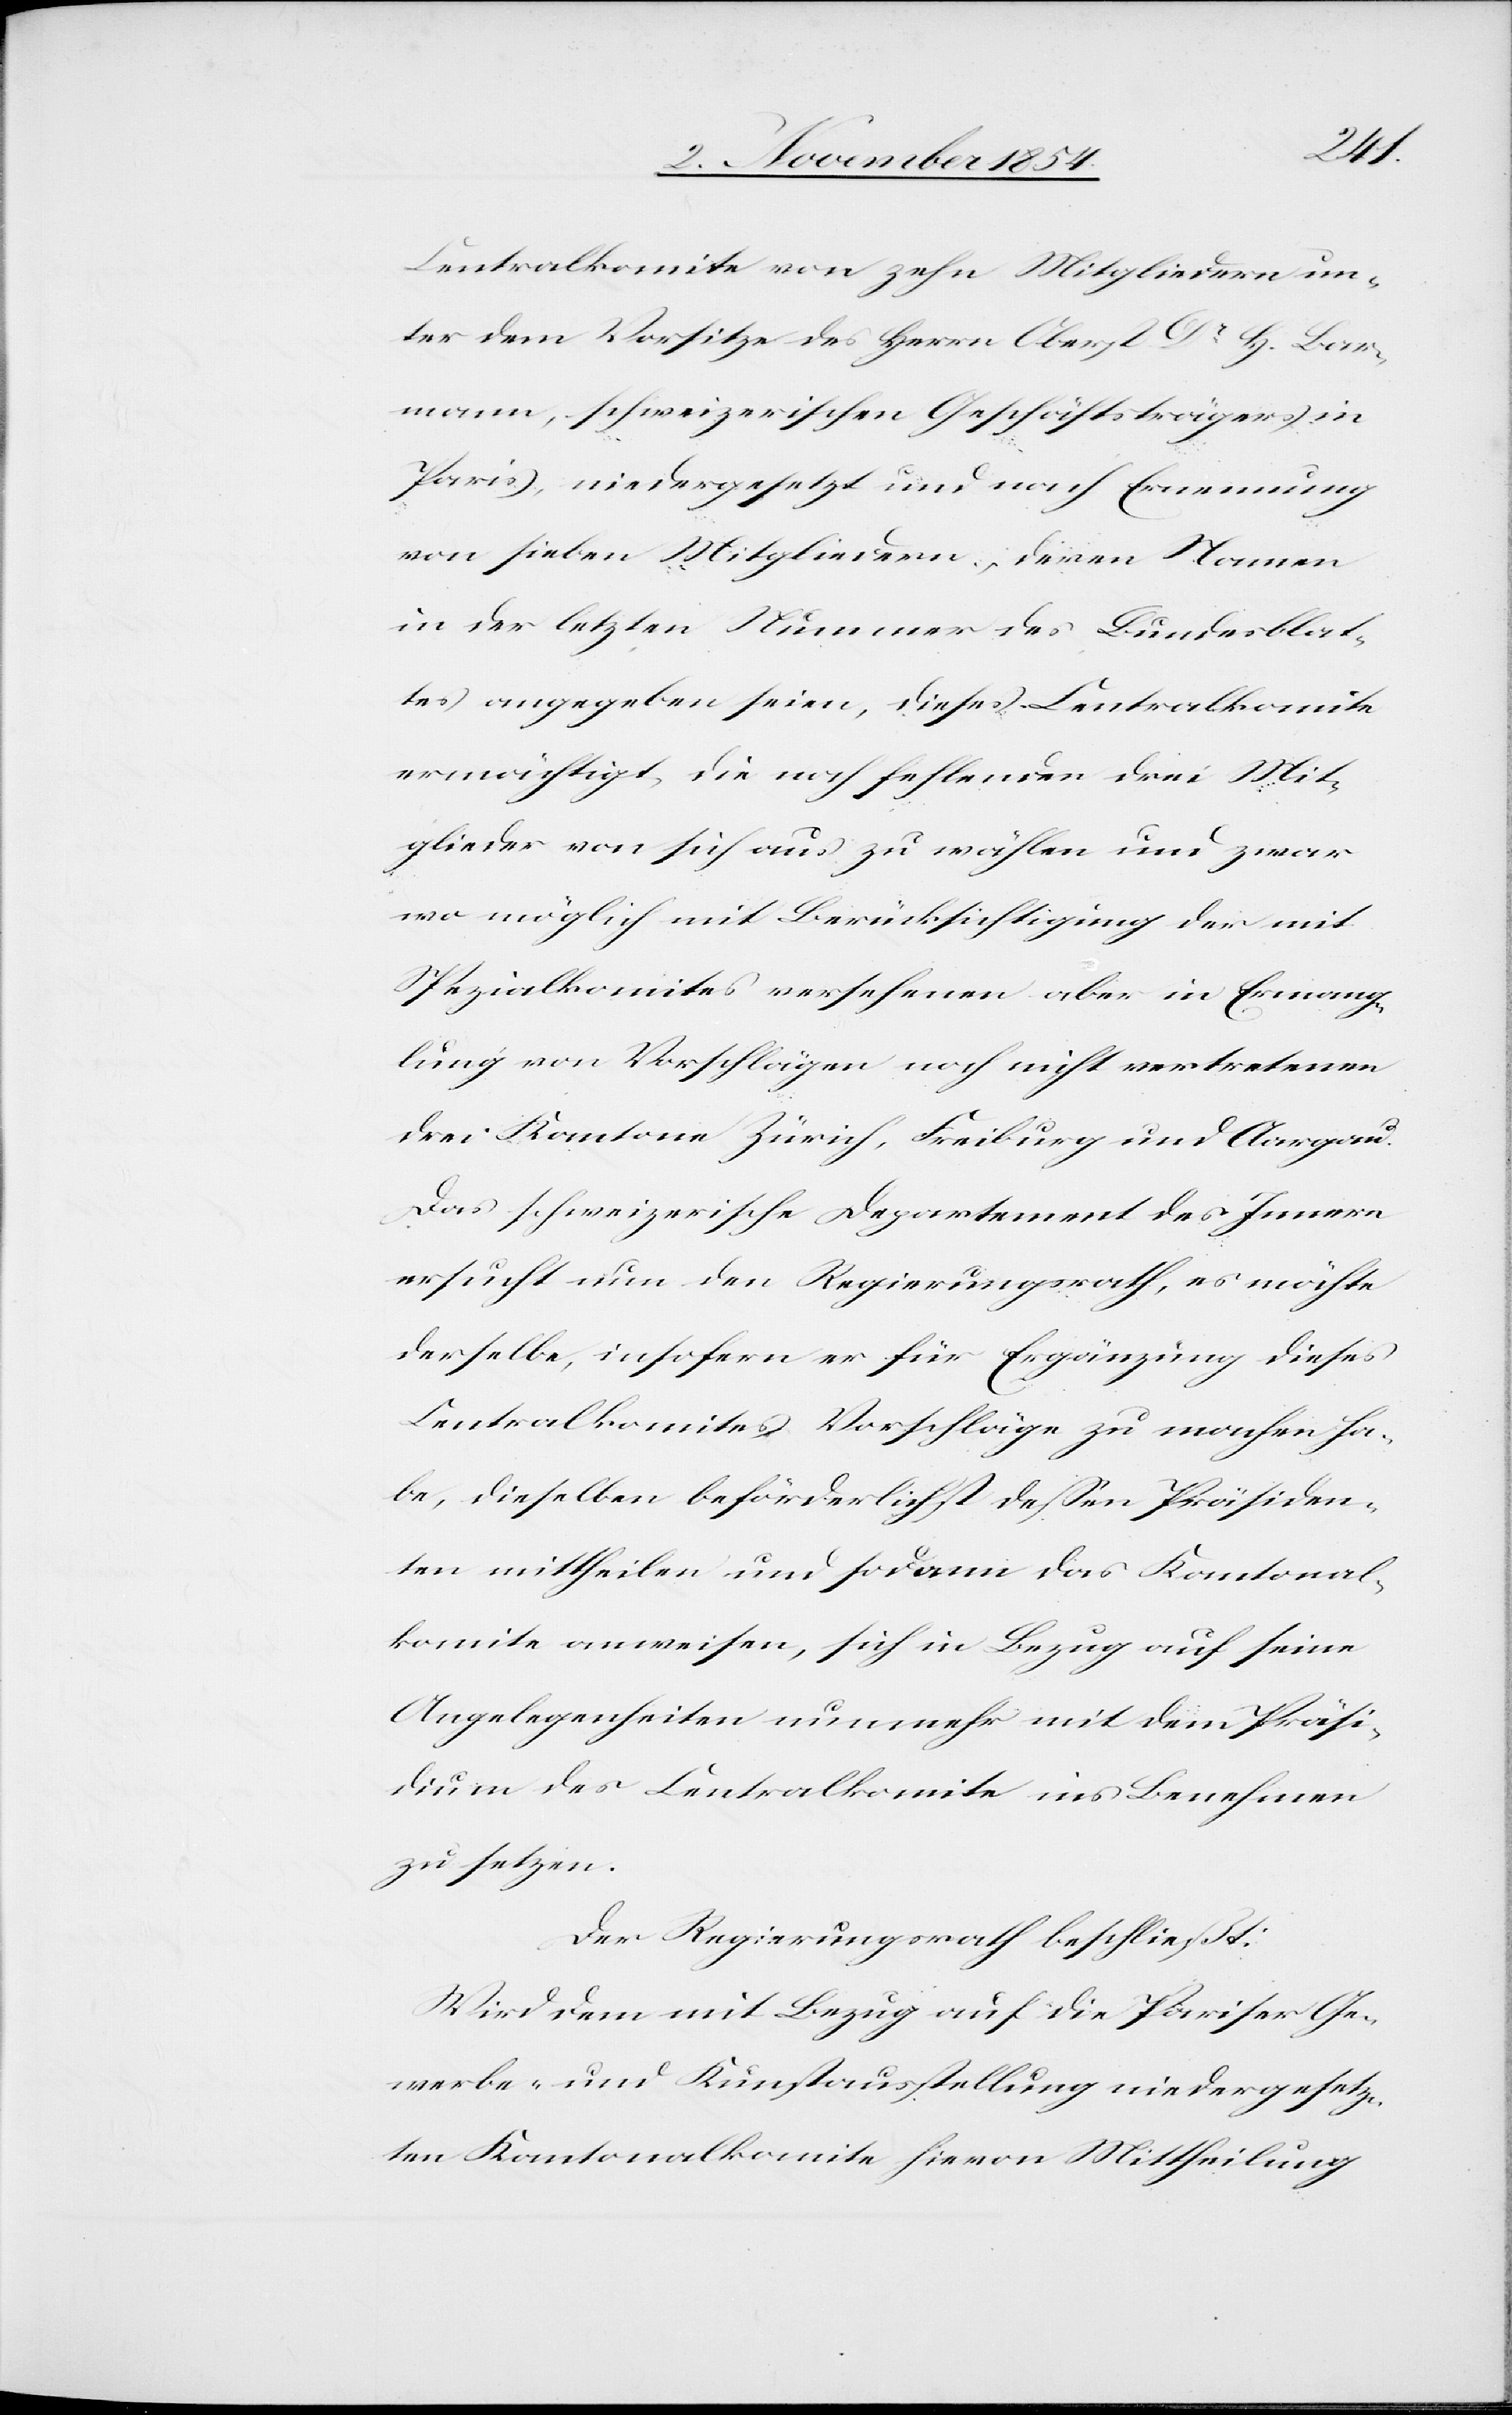
Centralkomite von zehn Mitgliedern un¬
ter dem Vorsitze des Herrn Oberst Dr H. Bar¬
mann, schweizerischen Geschäftsträgers in
Paris, niedergesetzt und nach Ernennung
von sieben Mitgliedern, deren Namen
in der letzten Nummer des Bundesblat¬
tes angegeben seien, dieses Centralkomite
ermächtigt, die noch fehlenden drei Mit¬
glieder von sich aus zu wählen und zwar
wo möglich mit Berücksichtigung der mit
Spezialkomites versehenen aber in Ermange¬
lung von Vorschlägen noch nicht vertretenen
drei Kantone Zürich, Freiburg und Aargau.
Das schweizerische Departement des Innern
ersucht nun den Regierungsrath, es möchte
derselbe, insofern er für Ergänzung dieses
Centralkomites Vorschläge zu machen ha¬
be, dieselben beförderlichst deßen Präsiden¬
ten mittheilen und sodann das Kantonal¬
komite anweisen, sich in Bezug auf seine
Angelegenheiten nunmehr mit dem Präsi¬
dium des Centralkomite ins Benehmen
zu setzen.
Der Regierungsrath beschließt:
Wird dem mit Bezug auf die Pariser Ge¬
werbe- und Kunstausstellung niedergesetz¬
ten Kantonalkomite hievon Mittheilung